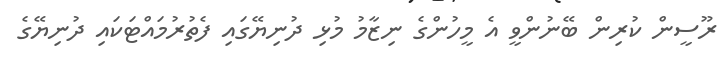
ރޫސީން ކުރިން ބޭނުންވީ އެ މީހުންގެ ނިޒާމު މުޅި ދުނިޔޭގައި ފެތުރުމައްޓަކައި ދުނިޔޭގެ